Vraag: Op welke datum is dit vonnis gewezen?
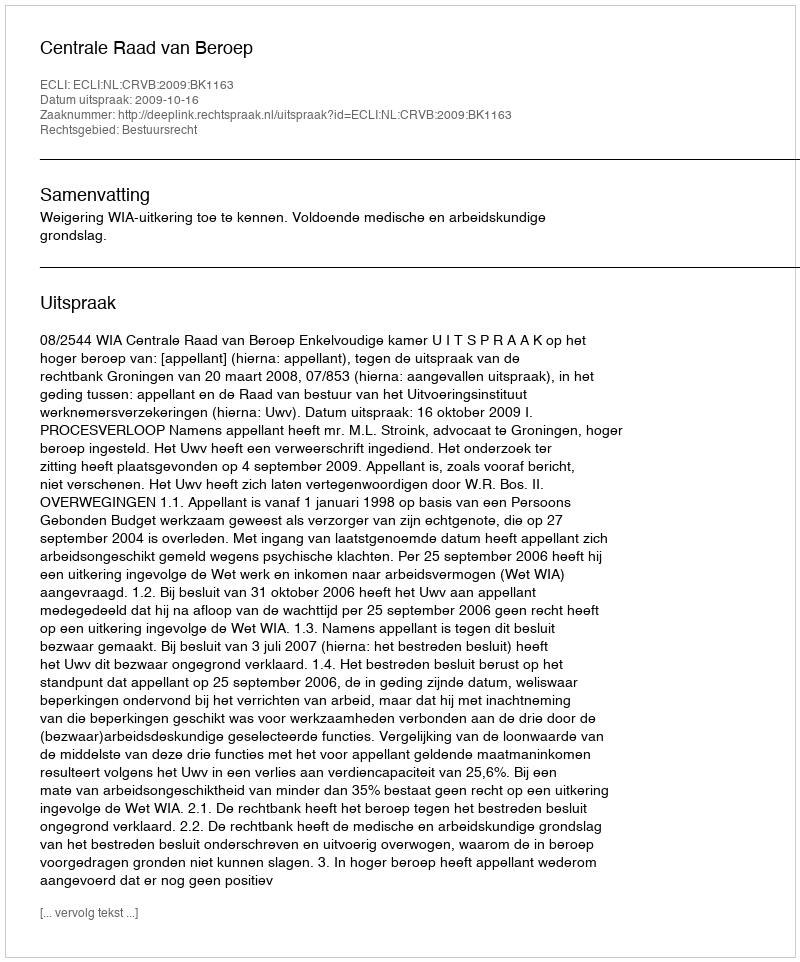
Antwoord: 2009-10-16